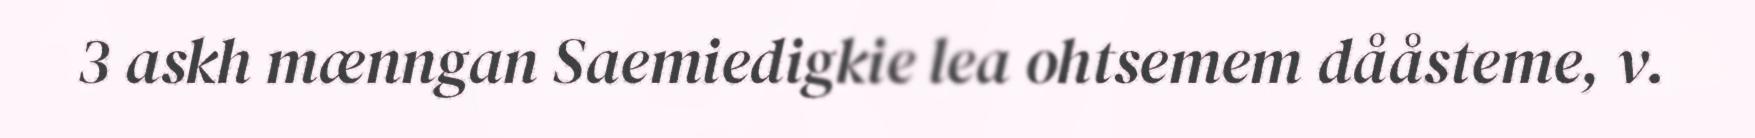
3 askh mænngan Saemiedigkie lea ohtsemem dååsteme, v.